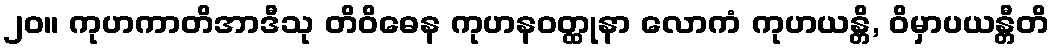
၂၀။ ကုဟကာတိအာဒီသု တိဝိဓေန ကုဟနဝတ္ထုနာ လောကံ ကုဟယန္တိ, ဝိမှာပယန္တီတိ